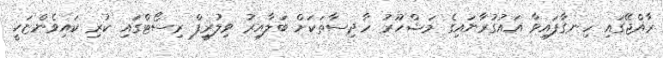
ރާއްޖޭގައި ހިނގާފައިވާ އައުގުރާނައިގެ މަޝްހޫރު ހާދިސާތަކަށް ބަލާއިރު ވިލުރީފް ރިސޯޓްގައި ކުރި ކައިވެންޏަކީ